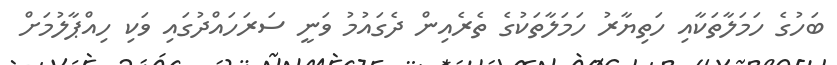
ބަހުގެ ހަމަލާތަކާއި ހަތިޔާރު ހަަމަލާތަކުގެ ތެރެއިން ދެގައުމު ވަނީ ސަރަހައްދުގައި ވަކި ހިއްޕާލުމަށް